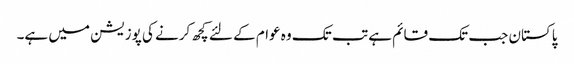
پاکستان جب تک قائم ہے تب تک وہ عوام کے لئے کچھ کرنے کی پوزیشن میں ہے۔